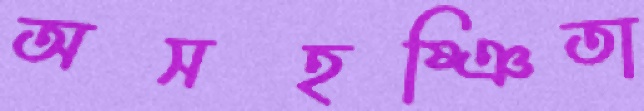
অসহষ্ঞিতা